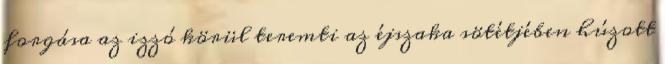
forgása az izzó körül teremti az éjszaka sötétjében húzott